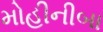
મોહીનીબા